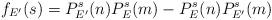
\begin{align*} f_{E'}(s)= P_{E'}^s(n) P_E^s(m) - P_{E}^s(n) P_{E'}^s(m)\end{align*}